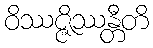
ဝိဿဇ္ဇိဿန္တီတိ